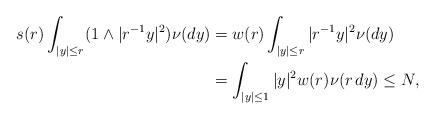
LaTeX: \begin{align*}s(r)\int_{|y| \leq r }(1\wedge|r^{-1}y|^2)\nu(dy)&=w(r)\int_{|y| \leq r } |r^{-1}y|^2 \nu(dy) \\&=\int_{|y| \leq 1 } |y|^2 w(r) \nu(r\, dy) \leq N,\end{align*}